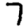
Digit: 7